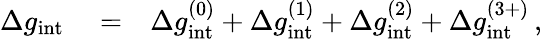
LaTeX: \begin{array}{rlr}{\Delta g_{\mathrm{int}}}&{{}=}&{\Delta g_{\mathrm{int}}^{(0)}+\Delta g_{\mathrm{int}}^{(1)}+\Delta g_{\mathrm{int}}^{(2)}+\Delta g_{\mathrm{int}}^{(3+)}\, ,}\end{array}